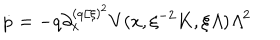
LaTeX: \dot { p } = - q { \textstyle \partial _ { x } ^ { ( q / \xi ) ^ { 2 } } } V ( x , \xi ^ { - 2 } K , \xi { \mit \Lambda } ) { \mit \Lambda } ^ { 2 }